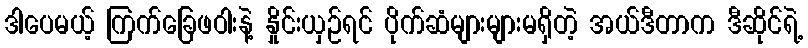
ဒါပေမယ့် ကြက်ခြေဖဝါးနဲ့ နှိုင်းယှဉ်ရင် ပိုက်ဆံများများမရှိတဲ့ အယ်ဒီတာက ဒီဆိုင်ရဲ့